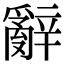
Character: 辭